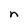
Character: n